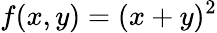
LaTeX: f(x,y)=(x+y)^{2}